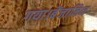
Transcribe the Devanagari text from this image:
गया।बेंजामिन